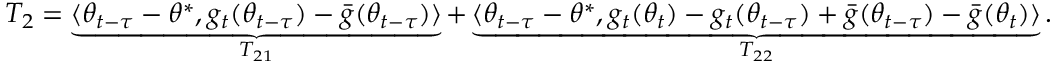
T _ { 2 } = \underbrace { \langle \theta _ { t - \tau } - \theta ^ { * } , g _ { t } ( \theta _ { t - \tau } ) - \bar { g } ( \theta _ { t - \tau } ) \rangle } _ { T _ { 2 1 } } + \underbrace { \langle \theta _ { t - \tau } - \theta ^ { * } , g _ { t } ( \theta _ { t } ) - { g } _ { t } ( \theta _ { t - \tau } ) + \bar { g } ( \theta _ { t - \tau } ) - \bar { g } ( \theta _ { t } ) \rangle } _ { T _ { 2 2 } } .